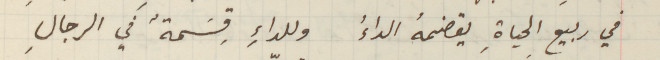
في ربيع الحياةِ يقضمهُ الداءُ وللداءِ قِسمةٌ في الرجالِ